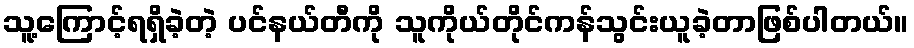
သူ့ကြောင့်ရရှိခဲ့တဲ့ ပင်နယ်တီကို သူကိုယ်တိုင်ကန်သွင်းယူခဲ့တာဖြစ်ပါတယ်။